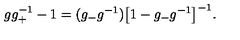
g g _ { + } ^ { - 1 } - 1 = ( g _ { - } g ^ { - 1 } ) \bigl [ 1 - g _ { - } g ^ { - 1 } \bigr ] ^ { - 1 } .